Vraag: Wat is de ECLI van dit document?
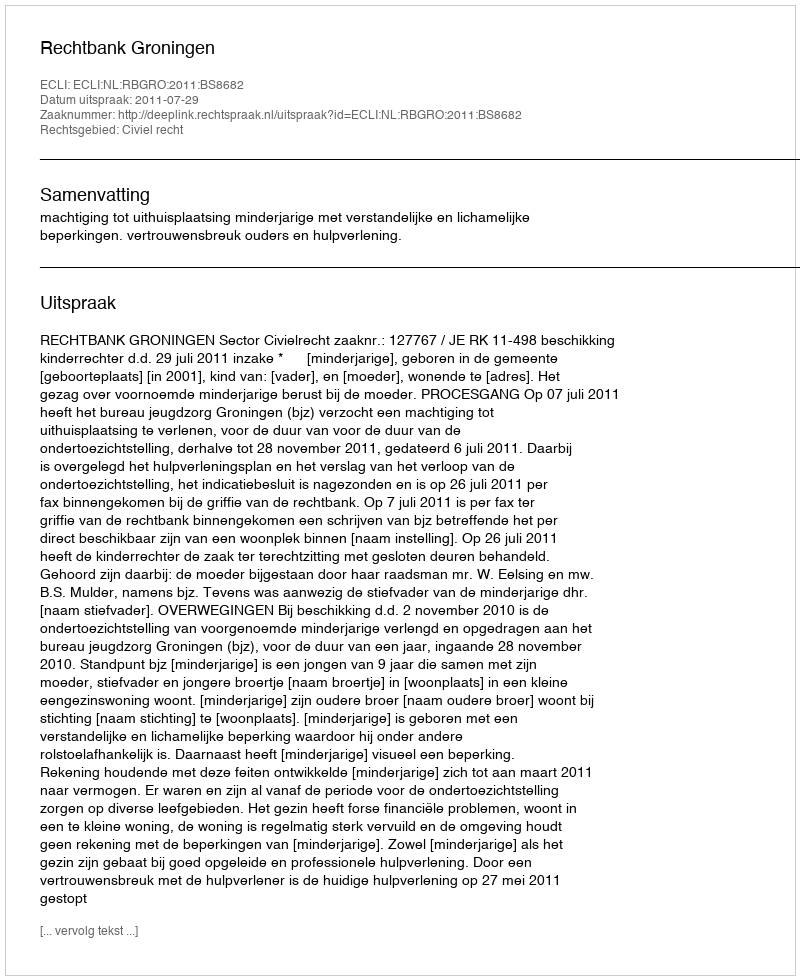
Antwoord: ECLI:NL:RBGRO:2011:BS8682